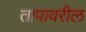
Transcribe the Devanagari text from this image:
तापावरील